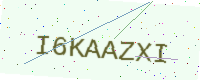
Text: I6KAAZXI